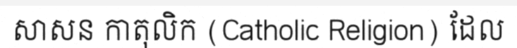
សាសន កាតុលិក (Catholic Religion) ដែល